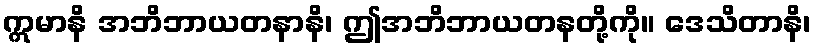
ဣမာနိ အဘိဘာယတနာနိ၊ ဤအဘိဘာယတနတို့ကို။ ဒေသိတာနိ၊